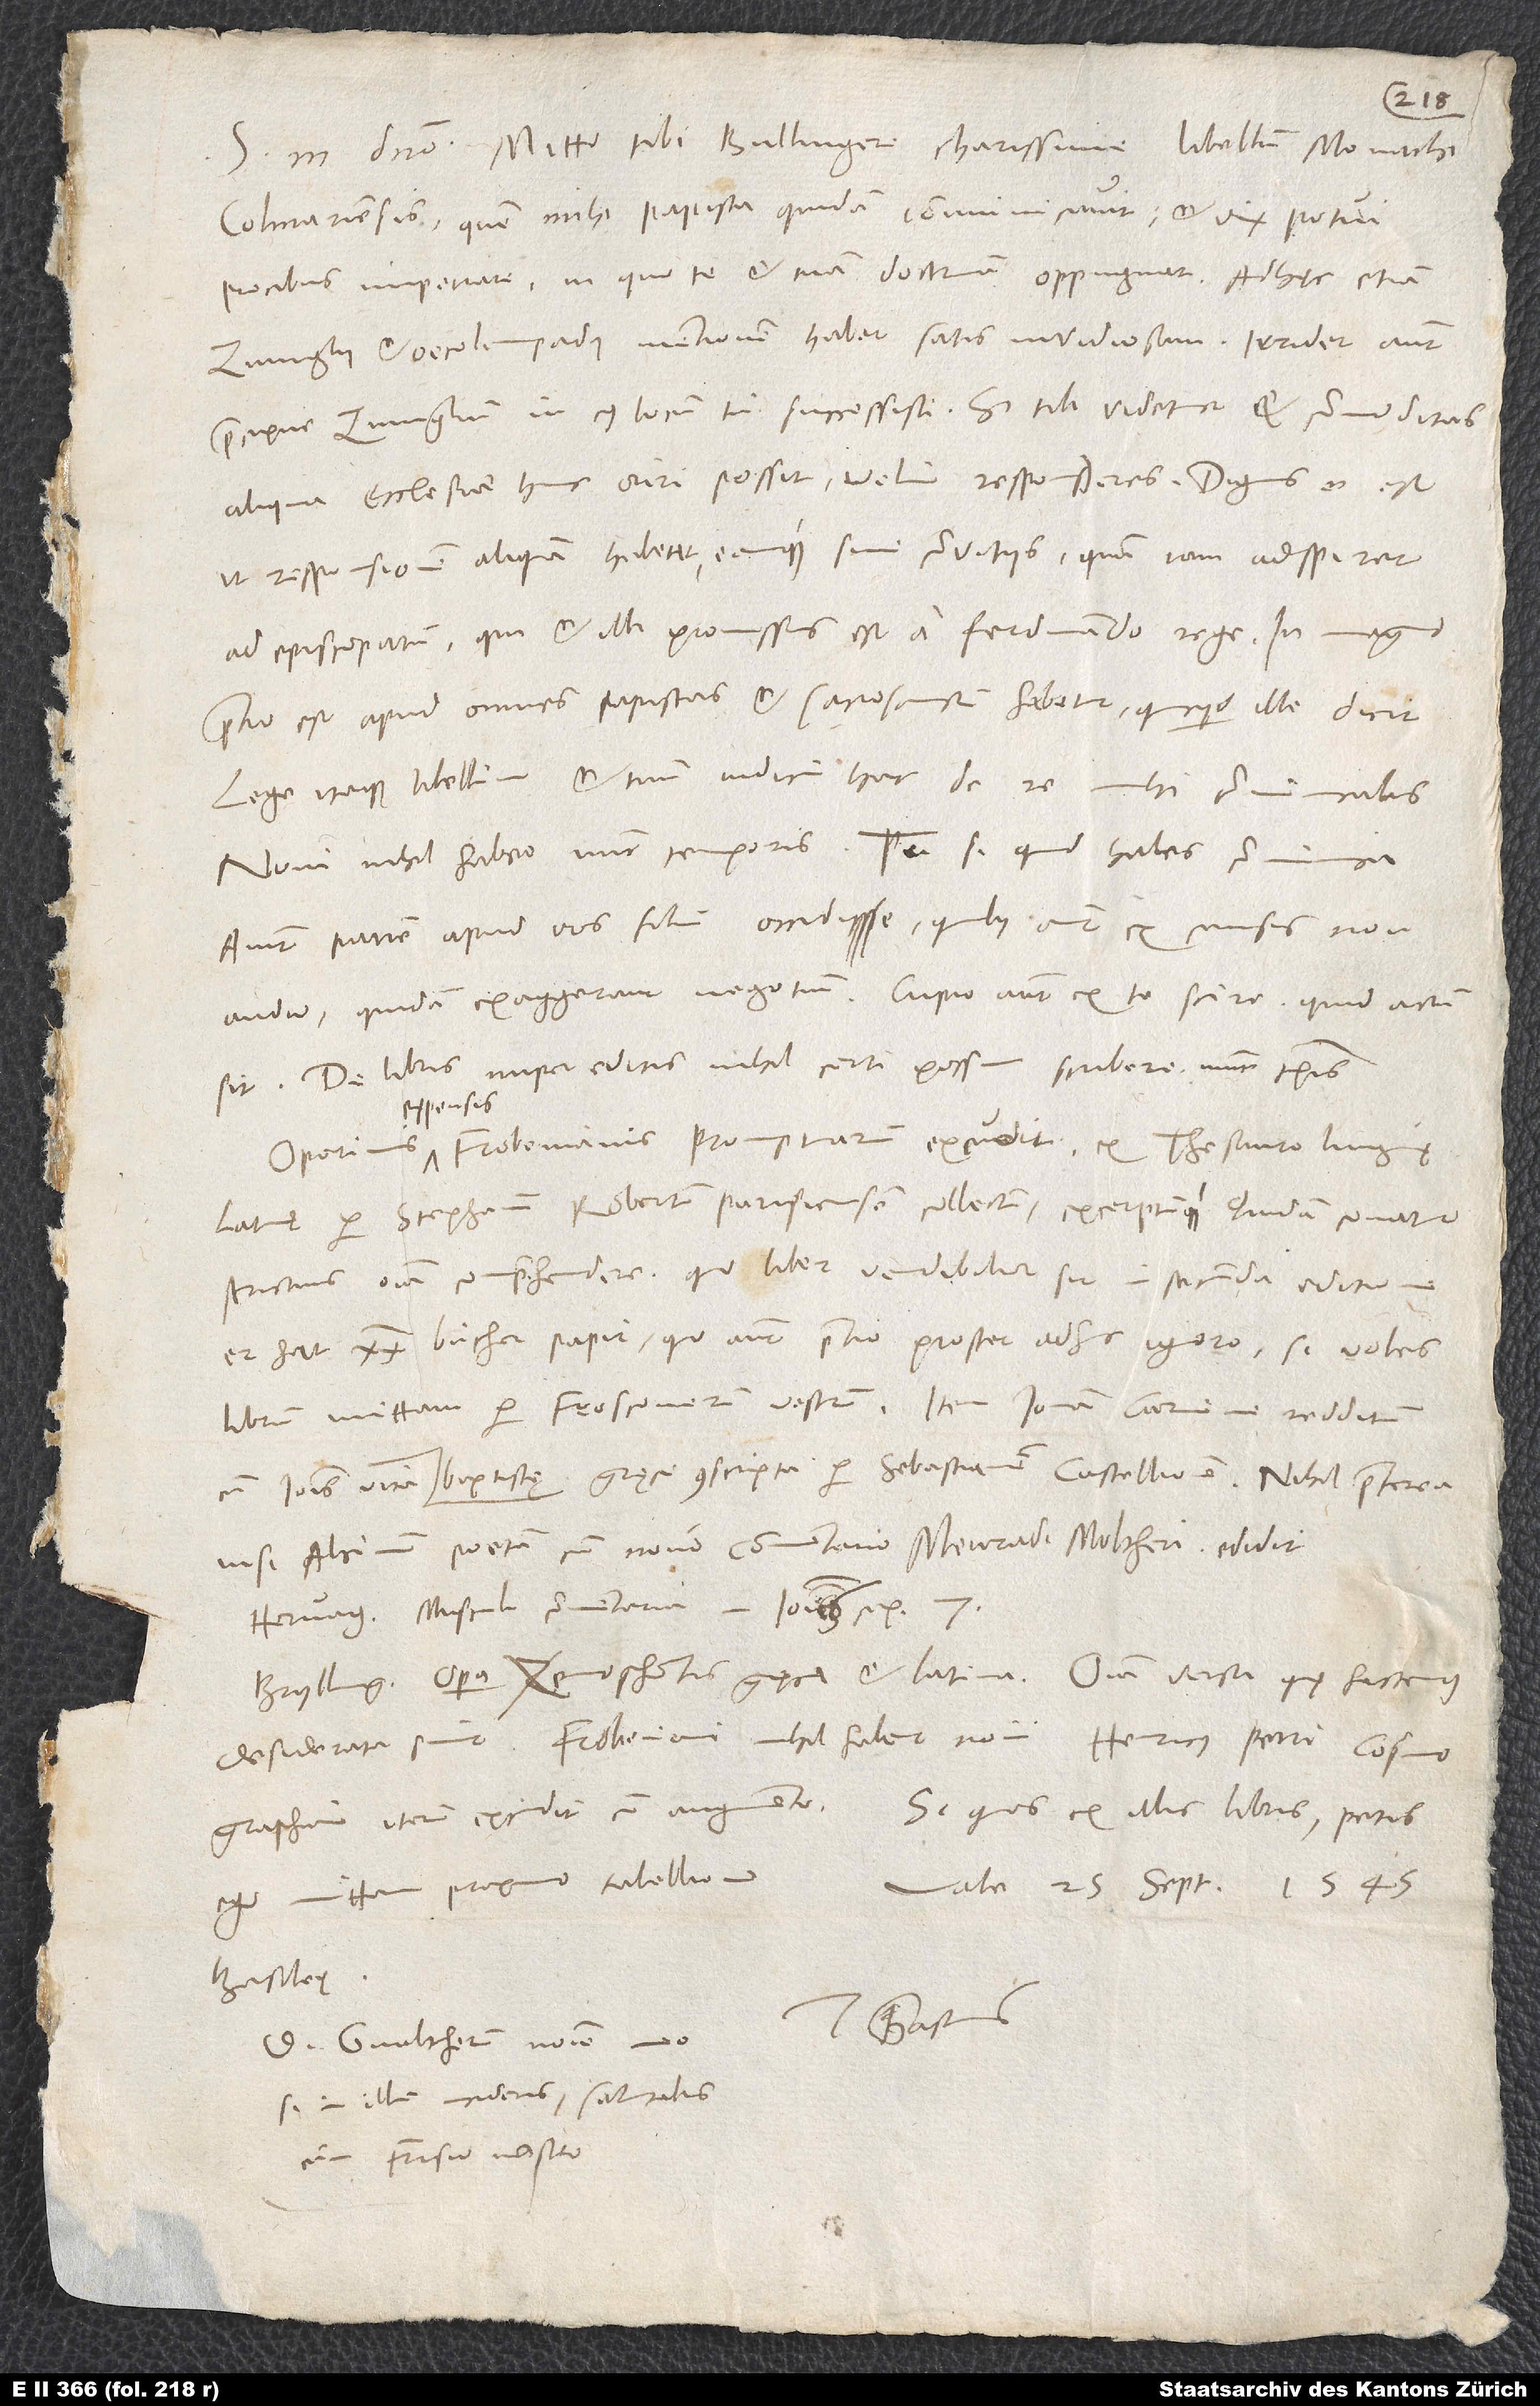
S. in domino. Mitto tibi, Bullingere charissime, libellum monachi
Colmariensis, quem mihi papista quidam communicavit (et vix potui
precibus impetrare), in quo te et tuam doctrinam oppugnat. Adhęc etiam
Zvinglii et Oecolampadii mentionem habet satis invidiosam. Irridet autem
praecipue Zvinglium, in cuius locum tu successisti. Si tibi videtur et commoditas
aliqua ecclesiae hinc oriri possit, velim, responderes. Dignus et est,
ut responsionem aliquam habeat, eamque sine convitiis, quum iam adspiret
ad episcopatum, qui et illi promissus est a Ferdinando rege. In magno
pretio est apud omnes papistas, et sacrosanctum habetur, quicquid ille dicit.
Lege itaque libellum et tuum iudicium hac de re mihi communicabis.
Novi nihil habeo nunc temporis; tu si quid habes, communica.
Aiunt patrem apud vos filium occidisse, quibus autem ex causis non
audio; quidam exaggerant negotium. Cupio autem ex te scire, quid actum
De libris nuper editis nihil certi possum scribere nunc temporis.
Oporinus expensis Frobenianis Promptuarium excudit ex Thesauro linguę
strictius omnia comprehendere, quo liber vendibilior sit in secunda editione.
Er hat 20 bücher papir; quo autem pretio prostet, adhuc ignoro. Si voles,
librum mittam per Froscoverum vestrum, item Ionam carmine redditum
cum Ioannis Baptistę vita Gręce conscripta per Sebastianum Castellionem. Nihil praeterea,
nisi Alcimum poetam cum novo commentario Menradi Moltheri.
Hervagius Musculi commentaria in Ioannis cap 7.
Bryllingerus opera Xenophontis Gręca et Latina, omnia versa, quę hactenus
ego mittam proximo tabellione. Vale. 25. septembris 1545,
Basileę.
D. Gvaltherum nomine meo,
si in illum incideris, salutabis
cum Frisio nostro.